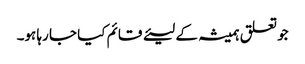
جو تعلق ہمیشہ کے لیئے قائم کیا جا رہا ہو۔